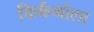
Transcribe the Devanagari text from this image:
किर्कमोला